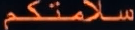
سالمتكم